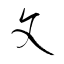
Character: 攵